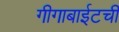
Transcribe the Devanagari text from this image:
गीगाबाईटची